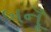
બનૂઁ